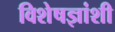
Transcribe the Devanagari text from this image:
विशेषज्ञांशी